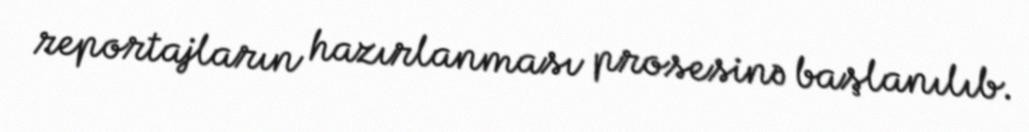
reportajların hazırlanması prosesinə başlanılıb.